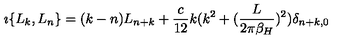
\imath \{ L _ { k } , L _ { n } \} = ( k - n ) L _ { n + k } + { \frac { c } { 1 2 } } k ( k ^ { 2 } + ( { \frac { L } { 2 \pi \beta _ { H } } } ) ^ { 2 } ) \delta _ { n + k , 0 }